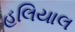
હલિયાલ